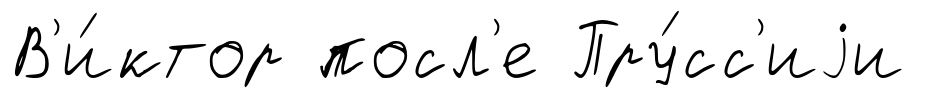
В'и́ктор посл'е Пру́сс'иjи